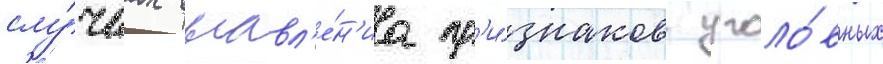
слу́чаах выавл'е́н'иа пр'и́знаков уголо́вных